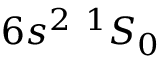
6 s ^ { 2 } ~ ^ { 1 } S _ { 0 }